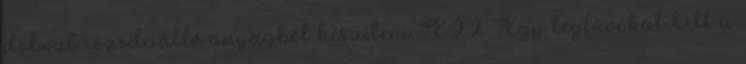
dobozt rozsdaálló anyagból készíteni. E.2.2. Egy légfúvókát kell a